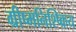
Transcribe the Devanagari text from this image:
ग्रीष्मनिश्ष्क्रिय